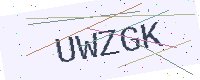
Text: UWZGK